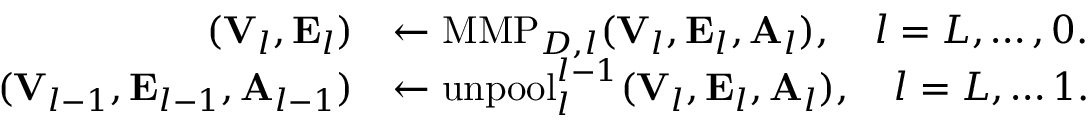
\begin{array} { r l } { ( { \bf V } _ { l } , { \bf E } _ { l } ) } & { \leftarrow \mathrm { M M P } _ { { \cal D } , l } ( { \bf V } _ { l } , { \bf E } _ { l } , { \bf A } _ { l } ) , \quad l = L , \ldots , 0 . } \\ { ( { \bf V } _ { l - 1 } , { \bf E } _ { l - 1 } , { \bf A } _ { l - 1 } ) } & { \leftarrow \mathrm { u n p o o l } _ { l } ^ { l - 1 } ( { \bf V } _ { l } , { \bf E } _ { l } , { \bf A } _ { l } ) , \quad l = L , \ldots 1 . } \end{array}